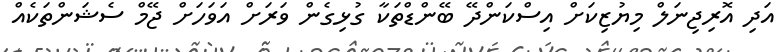
އަދި އޮރިޖިނަލް މިޔުޒިކަށް އިސްކަންދޭ ބޭންޑްތަކާ ގުޅިގެން ވަރަށް އަވަހަށް ޖޭމް ސެޝަންތަކެއް